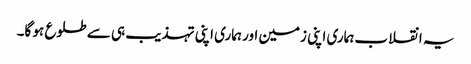
یہ انقلاب ہماری اپنی زمین اور ہماری اپنی تہذیب ہی سے طلوع ہو گا۔